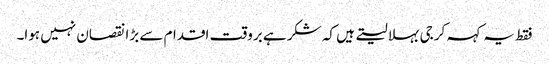
فقط یہ کہہ کر جی بہلا لیتے ہیں کہ شکر ہے بروقت اقدام سے بڑا نقصان نہیں ہوا۔